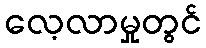
လေ့လာမှုတွင်